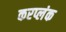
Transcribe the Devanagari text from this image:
करप्लंक